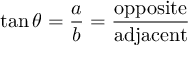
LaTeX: \tan \theta = { \frac { a } { b } } = { \frac { \mathrm { o p p o s i t e } } { \mathrm { a d j a c e n t } } }